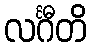
လင်္ဂီတိ